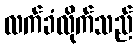
လက်ခံလိုက်သည်